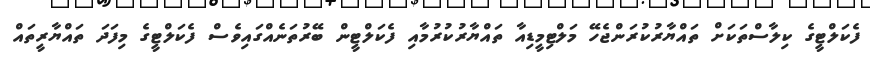
ފެކަލްޓީގެ ކިލާސްތަކަށް ތައްޔާރުކުރަންޖެހޭ މަލްޓިމީޑިއާ ތައްޔާރުކުރުމާއި ފެކަލްޓީން ބޭރުތަނެއްގައިވެސް ފެކަލްޓީގެ މިފަދަ ތައްޔާރީތައް